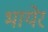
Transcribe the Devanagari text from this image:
भायेर